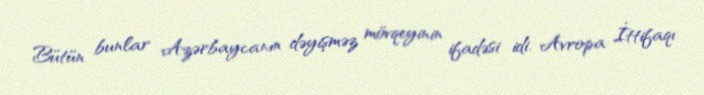
Bütün bunlar Azərbaycanın dəyişməz mövqeyinin ifadəsi idi. Avropa İttifaqı